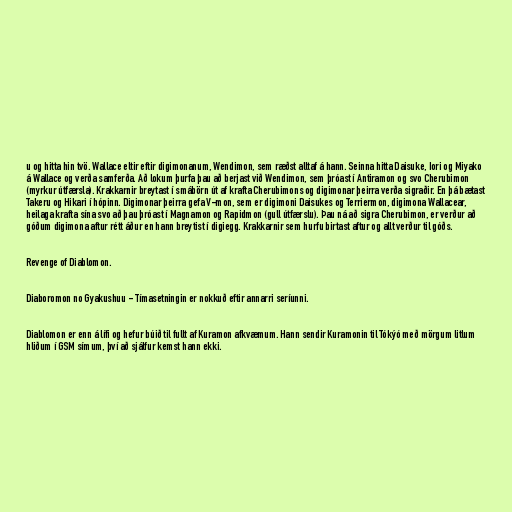
u og hitta hin tvö. Wallace eltir eftir digimonanum, Wendimon, sem ræðst alltaf á hann. Seinna hitta Daisuke, Iori og Miyako
á Wallace og verða samferða. Að lokum þurfa þau að berjast við Wendimon, sem þróast í Antiramon og svo Cherubimon
(myrkur útfærsla). Krakkarnir breytast í smábörn út af krafta Cherubimons og digimonar þeirra verða sigraðir. En þá bætast
Takeru og Hikari í hópinn. Digimonar þeirra gefa V-mon, sem er digimoni Daisukes og Terriermon, digimona Wallacear,
heilaga krafta sína svo að þau þróast í Magnamon og Rapidmon (gull útfærslu). Þau ná að sigra Cherubimon, er verður að
góðum digimona aftur rétt áður en hann breytist í digiegg. Krakkarnir sem hurfu birtast aftur og allt verður til góðs.

Revenge of Diablomon.

Diaboromon no Gyakushuu - Tímasetningin er nokkuð eftir annarri seríunni.

Diablomon er enn á lífi og hefur búið til fullt af Kuramon afkvæmum. Hann sendir Kuramonin til Tókýó með mörgum litlum
hliðum í GSM símum, því að sjálfur kemst hann ekki.